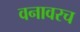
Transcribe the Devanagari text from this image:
वनावरच